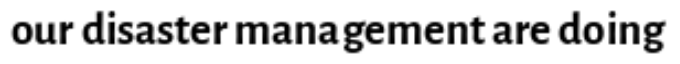
our disaster management are doing